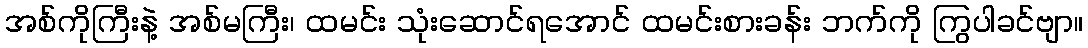
အစ်ကိုကြီးနဲ့ အစ်မကြီး၊ ထမင်း သုံးဆောင်ရအောင် ထမင်းစားခန်း ဘက်ကို ကြွပါခင်ဗျာ။